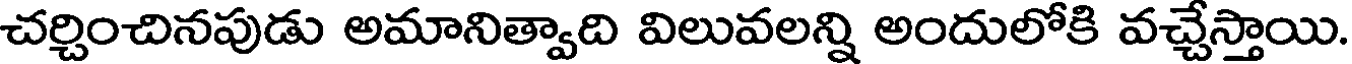
చర్చించినపుడు అమానిత్వాది విలువలన్ని అందులోకి వచ్చేస్తాయి